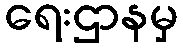
ရေးဌာနမှ